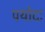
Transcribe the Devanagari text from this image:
पयोदः